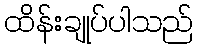
ထိန်းချုပ်ပါသည်